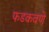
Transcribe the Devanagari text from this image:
फडकवणे